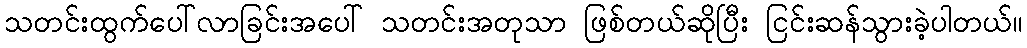
သတင်းထွက်ပေါ်လာခြင်းအပေါ် သတင်းအတုသာ ဖြစ်တယ်ဆိုပြီး ငြင်းဆန်သွားခဲ့ပါတယ်။